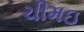
ચીમઇ